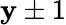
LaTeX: \mathbf{y}\pm1